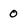
Character: 0